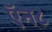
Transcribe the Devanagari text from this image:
ऍन८